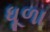
ધૂળા